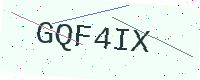
Text: GQF4IX